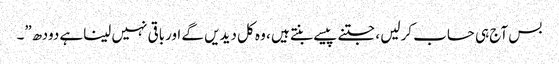
بس آج ہی حساب کرلیں ، جتنے پیسے بنتے ہیں ، وہ کل دیدیں گے اورباقی نہیں لیناہے دودھ”۔